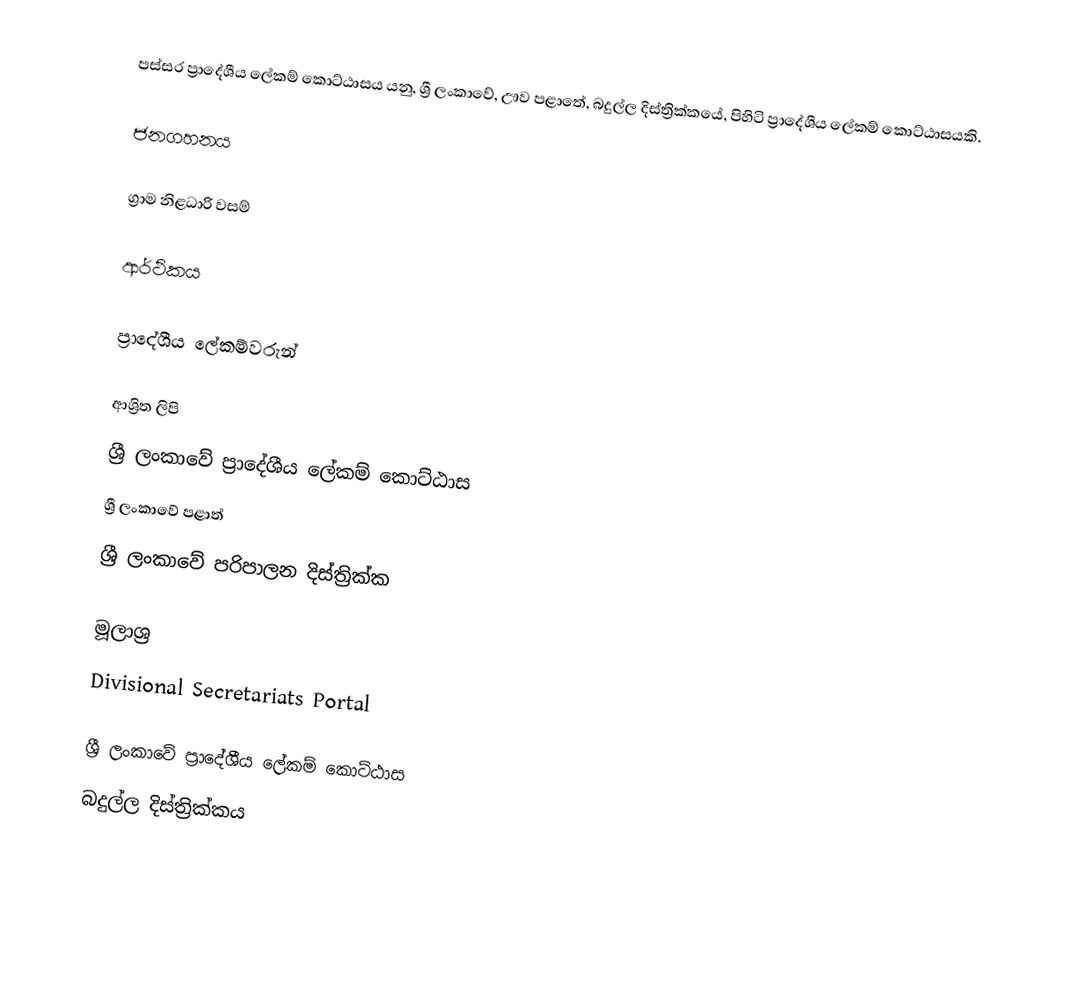
පස්සර ප්‍රාදේශීය ලේකම් කොට්ඨාසය යනු,  ශ්‍රී ලංකාවේ, ඌව පළාතේ,   බදුල්ල දිස්ත්‍රික්කයේ, පිහිටි ප්‍රාදේශීය ලේකම් කොට්ඨාසයකි.

ජනගහනය

ග්‍රාම නිළධාරි වසම්

ආර්ථිකය

ප්‍රාදේශීය ලේකම්වරුන්

ආශ්‍රිත ලිපි
ශ්‍රී ලංකාවේ ප්‍රාදේශීය ලේකම් කොට්ඨාස
ශ්‍රී ලංකාවේ පළාත්
ශ්‍රී ලංකාවේ පරිපාලන දිස්ත්‍රික්ක

මූලාශ්‍ර
 Divisional Secretariats Portal

ශ්‍රී ලංකාවේ ප්‍රාදේශීය ලේකම් කොට්ඨාස
බදුල්ල දිස්ත්‍රික්කය